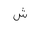
Letter: _shin